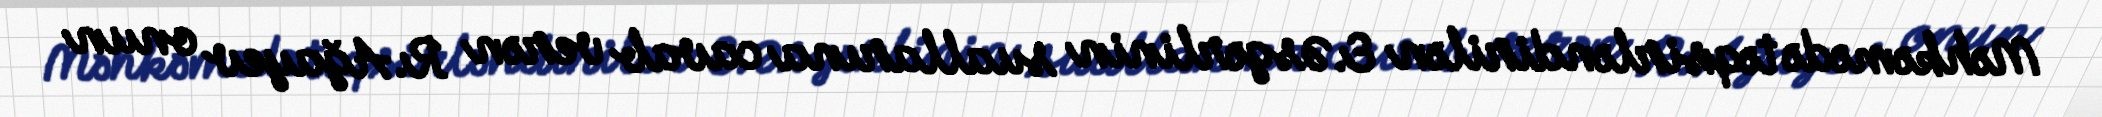
Məhkəmədə təqsirləndirilən E.Əsgərlinin suallarına cavab verən R.Ağayev onun